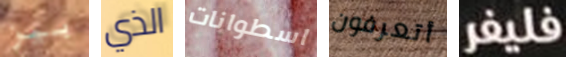
بيز الذي اسطوانات أتعرفون فليفر